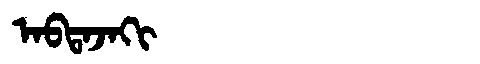
Manchu: ᠠᠪᡨᠠᠵᠠᡴᡳ
Romanization: ABTAJAKI